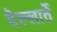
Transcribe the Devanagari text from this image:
देल्लार्ते